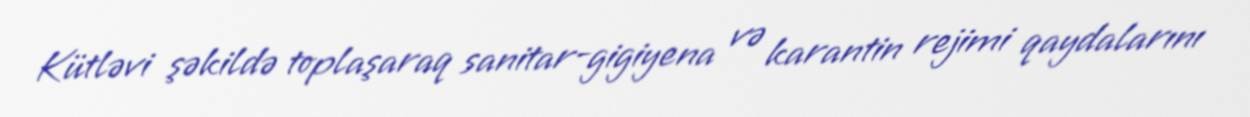
Kütləvi şəkildə toplaşaraq sanitar-gigiyena və karantin rejimi qaydalarını